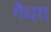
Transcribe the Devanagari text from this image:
गैधरा